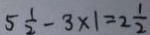
5 \frac { 1 } { 2 } - 3 \times 1 = 2 \frac { 1 } { 2 }